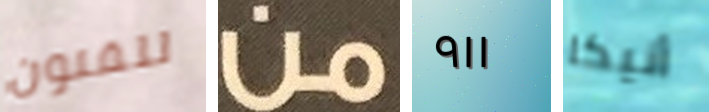
للفنون من ٩١١ أنيكا